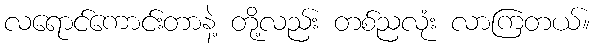
လရောင်ကောင်းတာနဲ့ တို့လည်း တစ်ညလုံး လာကြတယ်။